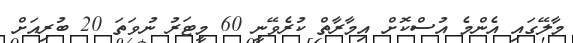
މާލޭގައި އެންމެ އުސްކޮށް އިމާރާތް ކުރެވޭނީ 60 މީޓަރު ނުވަތަ 20 ބުރިއަށް